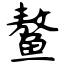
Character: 鳌